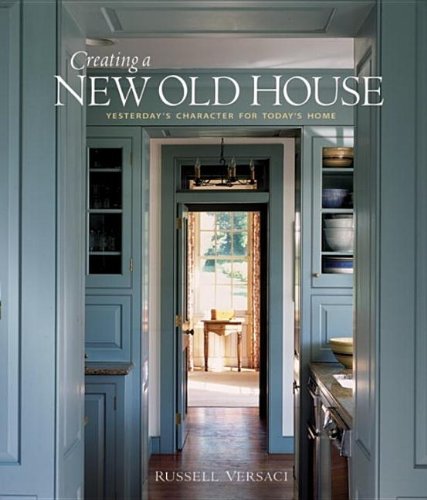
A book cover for Creating a New Old House: Yesterday's Character for Today's Home (American Institute Architects); Russell Versaci; Crafts, Hobbies & Home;